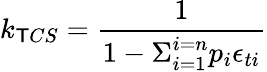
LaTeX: k_{\mathsf{T}CS}=\frac{{1}}{{1-\Sigma_{i=1}^{i=n}p_{i}\epsilon_{ti}}}